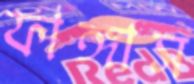
ফাঙ্গাস